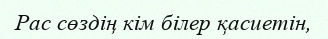
Рас сөздің кім білер қасиетін,